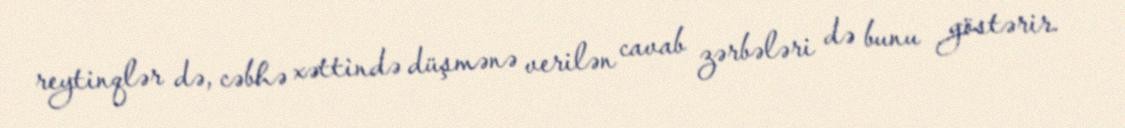
reytinqlər də, cəbhə xəttində düşmənə verilən cavab zərbələri də bunu göstərir.